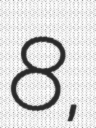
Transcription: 8,